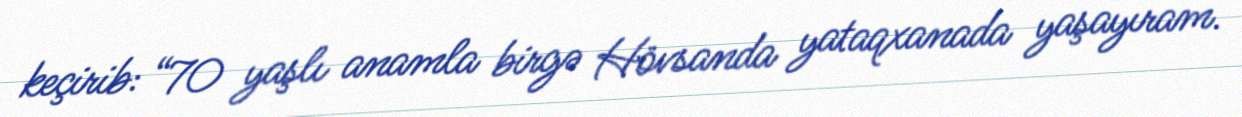
keçirib: “70 yaşlı anamla birgə Hövsanda yataqxanada yaşayıram.